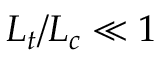
L _ { t } / L _ { c } \ll 1